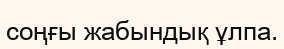
соңғы жабындық ұлпа.